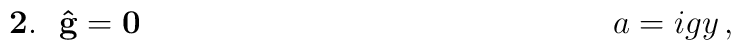
\mathbf{2.\,\,\,\,\hat{g}=0}\hspace{6cm}    a= igy\, ,\hspace{5cm}